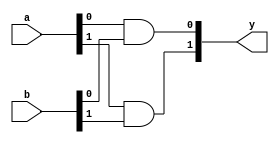
`timescale 1ns / 1ps
/////////////////////////////////////////////////////////////////
// Module Name: xup_and_vector
/////////////////////////////////////////////////////////////////
module xup_and_vector #(parameter SIZE=2, DELAY=3)(
    input [SIZE-1:0] a,
    input [SIZE-1:0] b,
    output [SIZE-1:0] y
    );

   genvar i;
    generate
       for (i=0; i < SIZE; i=i+1) 
       begin: and_i
          and #DELAY(y[i], a[i], b[i]);
       end
    endgenerate

endmodule